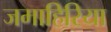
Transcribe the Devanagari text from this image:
जमाहिरिया